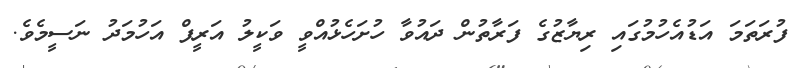
ފުރަތަމަ އަޑުއެހުމުގައި ރިޔާޒުގެ ފަރާތުން ދައުވާ ހުށަހެޅުއްވީ ވަކީލު އަރީފް އަހުމަދު ނަސީމެވެ.